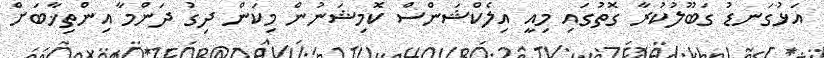
އަޅުގަނޑު ގަބޫލުކުރާ ގޮތުގައި މިއީ އިލެކްޝަންސް ކޮމިޝަނުން މިކަން ދިގު ދަންމާ އިންތިޚާބަށް